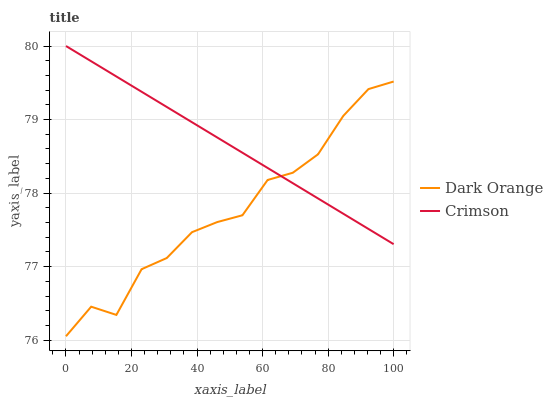
| xaxis_label | Dark Orange | Crimson |
 | --- | --- | --- |
 | 0 | 76.1 | 80 |
 | 7.69 | 76.5 | 79.8 |
 | 15.4 | 76.3 | 79.6 |
 | 23.1 | 77 | 79.4 |
 | 30.8 | 77.1 | 79.2 |
 | 38.5 | 77.5 | 79 |
 | 46.2 | 77.6 | 78.8 |
 | 53.8 | 77.7 | 78.5 |
 | 61.5 | 78.2 | 78.3 |
 | 69.2 | 78.3 | 78.1 |
 | 76.9 | 78.5 | 77.9 |
 | 84.6 | 79 | 77.7 |
 | 92.3 | 79.4 | 77.5 |
 | 100 | 79.5 | 77.3 |